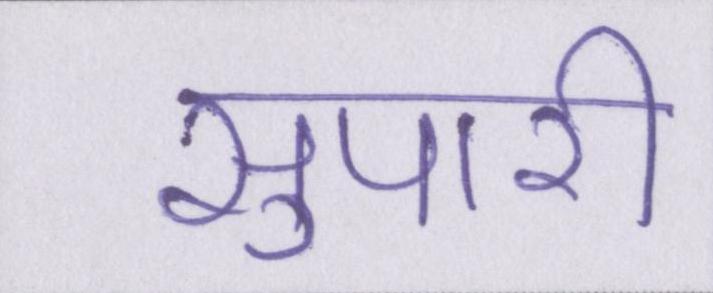
सुपारी